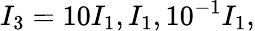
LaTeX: I_{3}=10I_{1},I_{1},10^{-1}I_{1},